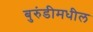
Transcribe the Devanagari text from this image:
बुरुंडीमधील